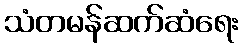
သံတမန်ဆက်ဆံရေး